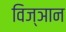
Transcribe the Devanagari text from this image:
विज्ञान